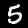
Digit: 5